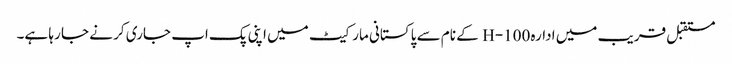
مستقبل قریب میں ادارہ H-100 کے نام سے پاکستانی مارکیٹ میں اپنی پک اپ جاری کر نے جا رہا ہے۔